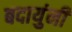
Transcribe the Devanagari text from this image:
बदायुंनी